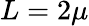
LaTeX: L=2\mu